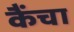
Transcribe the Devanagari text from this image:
कैंचा